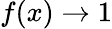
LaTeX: f(x)\rightarrow 1